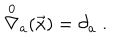
LaTeX: \stackrel { 0 } { \nabla } _ { a } ( \vec { x } ) = \partial _ { a } \; .